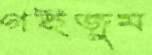
গইজুম